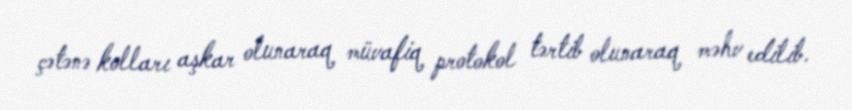
çətənə kolları aşkar olunaraq müvafiq protokol tərtib olunaraq məhv edilib.